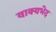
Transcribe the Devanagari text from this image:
वाक्यभेद